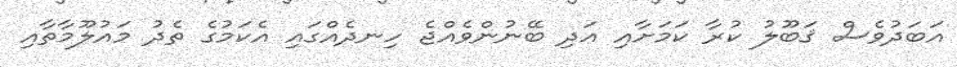
އަބަދުވެސް ޤަބޫލު ކުރާ ކަމަށާއި އަދި ބޭނުންވެއްޖެ ހިނދެއްގައި އެކަމުގެ ތެދު މައުލޫމާތާއި